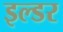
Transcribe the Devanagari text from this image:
इल्डर